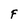
Character: F